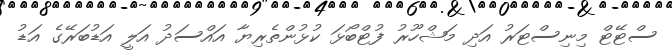
ސްޓޭޓް މިނިސްޓަރު އަދި މަޝްހޫރު ފުޓްބޯޅަ ކުޅުންތެރިޔާ އައްސަދު އަލީ އަޑުބަރޭގެ އަޑު